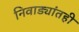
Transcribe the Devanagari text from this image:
निवाड्यांतही